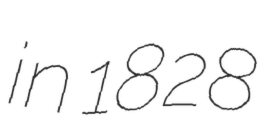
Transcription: in 1828